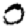
Digit: 0